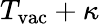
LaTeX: T_{\mathrm{vac}}+\kappa